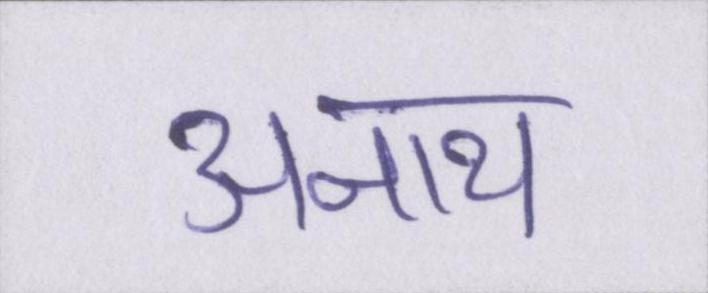
अनाथ